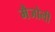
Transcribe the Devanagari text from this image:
मैजोली